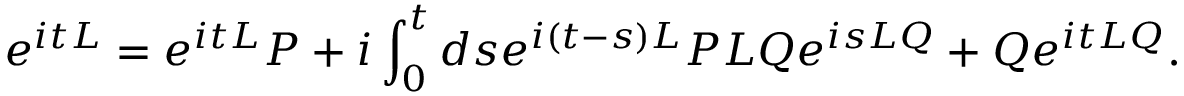
e ^ { i t L } = e ^ { i t L } P + i \int _ { 0 } ^ { t } d s e ^ { i \left( t - s \right) L } P L Q e ^ { i s L Q } + Q e ^ { i t L Q } .